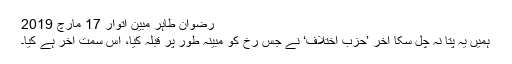
رضوان طاہر مبین اتوار 17 مارچ 2019
ہمیں یہ پتا نہ چل سکا آخر ’حزب اختلاف‘ نے جس رخ کو مبینہ طور پر قبلہ کیا، اُس سمت آخر ہے کیا۔